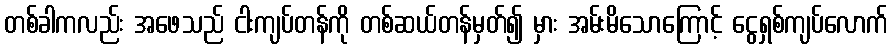
တစ်ခါကလည်း အဖေသည် ငါးကျပ်တန်ကို တစ်ဆယ်တန်မှတ်၍ မှား အမ်းမိသောကြောင့် ငွေရှစ်ကျပ်လောက်